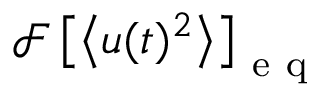
\mathcal { F } \left[ \left< u ( t ) ^ { 2 } \right> \right] _ { \mathrm { ~ e ~ q ~ } }